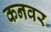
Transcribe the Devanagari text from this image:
कनवर